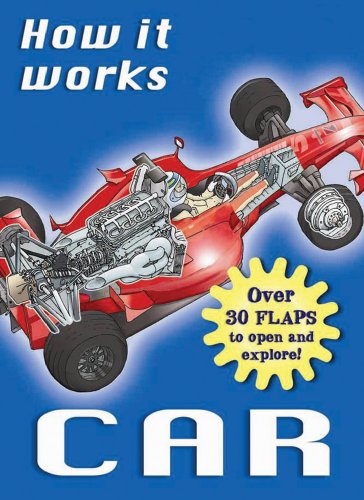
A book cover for How It Works: Car: Over 30 Flaps to Open and Explore! (How It Works Books); Nicholas Harris; Children's Books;